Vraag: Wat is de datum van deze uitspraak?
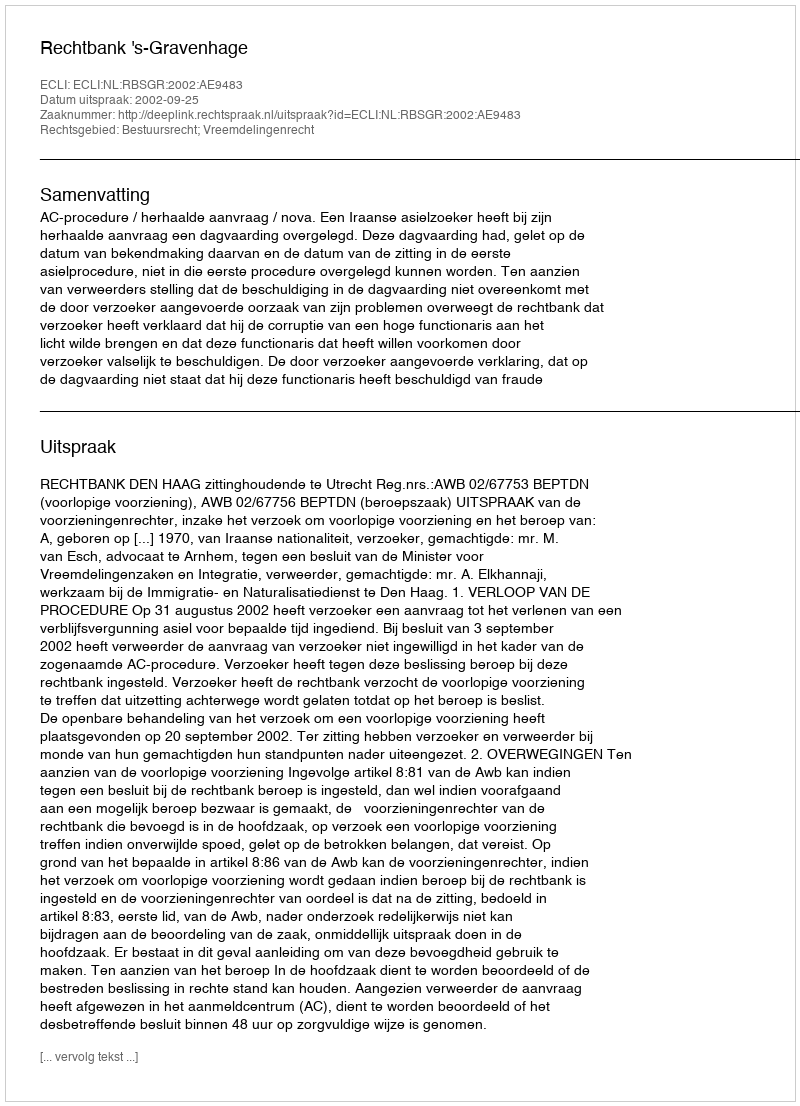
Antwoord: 2002-09-25